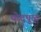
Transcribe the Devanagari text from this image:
थोदपुऴ